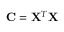
{ \mathbf { C } = \mathbf { X } ^ { T } \mathbf { X } }